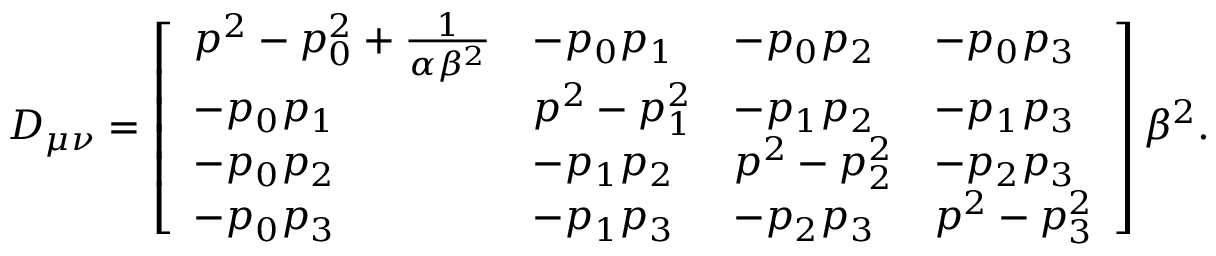
D _ { \mu \nu } = \left[ \begin{array} { l l l l } { { p ^ { 2 } - p _ { 0 } ^ { 2 } + \frac { 1 } { \alpha \beta ^ { 2 } } } } & { { - p _ { 0 } p _ { 1 } } } & { { - p _ { 0 } p _ { 2 } } } & { { - p _ { 0 } p _ { 3 } } } \\ { { - p _ { 0 } p _ { 1 } } } & { { p ^ { 2 } - p _ { 1 } ^ { 2 } } } & { { - p _ { 1 } p _ { 2 } } } & { { - p _ { 1 } p _ { 3 } } } \\ { { - p _ { 0 } p _ { 2 } } } & { { - p _ { 1 } p _ { 2 } } } & { { p ^ { 2 } - p _ { 2 } ^ { 2 } } } & { { - p _ { 2 } p _ { 3 } } } \\ { { - p _ { 0 } p _ { 3 } } } & { { - p _ { 1 } p _ { 3 } } } & { { - p _ { 2 } p _ { 3 } } } & { { p ^ { 2 } - p _ { 3 } ^ { 2 } } } \end{array} \right] \beta ^ { 2 } .